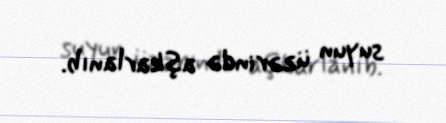
suyun üzərində aşkarlanıb.